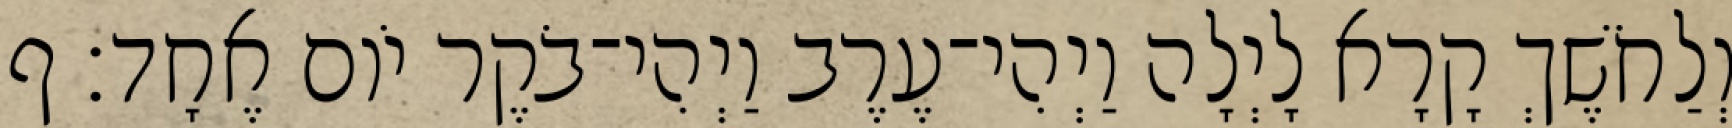
וְלַחֹשֶׁךְ קָרָא לָיְלָה וַיְהִי־עֶרֶב וַיְהִי־בֹקֶר יֹום אֶחָד׃ ף